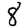
Digit: 8